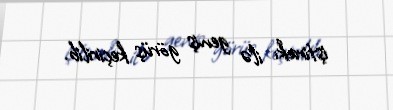
iştirakı ilə geniş görüş keçirilib.